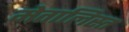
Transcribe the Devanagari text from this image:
मेतालिस्त